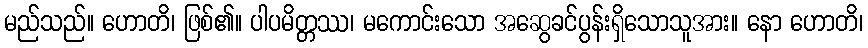
မည်သည်။ ဟောတိ၊ ဖြစ်၏။ ပါပမိတ္တဿ၊ မကောင်းသော အဆွေခင်ပွန်းရှိသောသူအား။ နော ဟောတိ၊